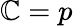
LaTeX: \mathbb{C}=p